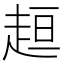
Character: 𧻚